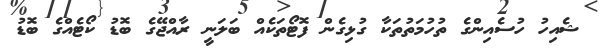
ޝެއިހު ހުސެއިންގެ ތުހުމަތުތަކާ ގުޅިގެން ފޮޓޯތަކެއް ބަލަނީ ރާއްޖޭގެ ބޮޑު ކޯޓެއްގެ ބޮޑު